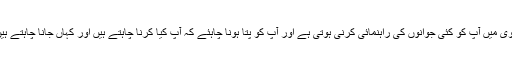
نیوی میں آپ کو کئی جوانوں کی راہنمائی کرنی ہوتی ہے اور آپ کو پتا ہونا چاہئے کہ آپ کیا کرنا چاہتے ہیں اور کہاں جانا چاہتے ہیں۔